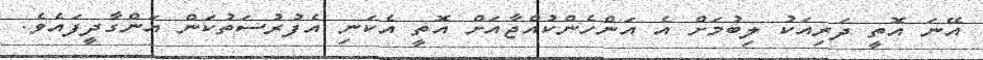
އޭނަ އޮތީ ދަރިއަކު ލިބުމަށް އެ އަންހެންކުއްޖާއަށް އޮތީ އެކަނި އެފުރުސަތުކަން އަންގާދީފައެވެ.